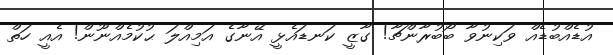
އުޑެއްބުޑެއް ވަކިނުވާ ބޯބުރާންޗާ! ގާޒީ ކަނޑައެޅީ އޭނާގެ އަމިއްލަ ޙުކުމެއްނޫން! އެއީ ހަތް